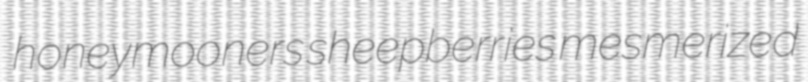
honeymooners sheepberries mesmerized